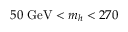
5 0 \ \mathrm { G e V } < \ensuremath { m _ { h } } < 2 7 0